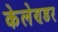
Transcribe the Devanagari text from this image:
केलेण्डर